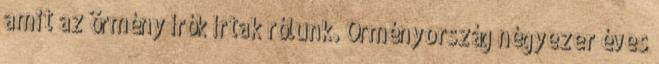
amit az örmény írók írtak rólunk. Örményország négyezer éves